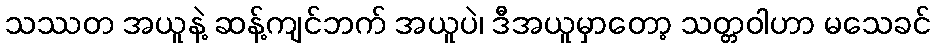
သဿတ အယူနဲ့ ဆန့်ကျင်ဘက် အယူပဲ၊ ဒီအယူမှာတော့ သတ္တဝါဟာ မသေခင်